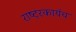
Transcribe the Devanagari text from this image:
राष्ट्रकार्यच